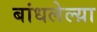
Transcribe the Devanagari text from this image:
बांधलेल्य़ा